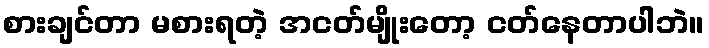
စားချင်တာ မစားရတဲ့ အငတ်မျိုးတော့ ငတ်နေတာပါဘဲ။